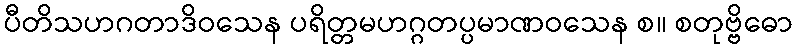
ပီတိသဟဂတာဒိဝသေန ပရိတ္တမဟဂ္ဂတပ္ပမာဏဝသေန စ။ စတုဗ္ဗိဓော